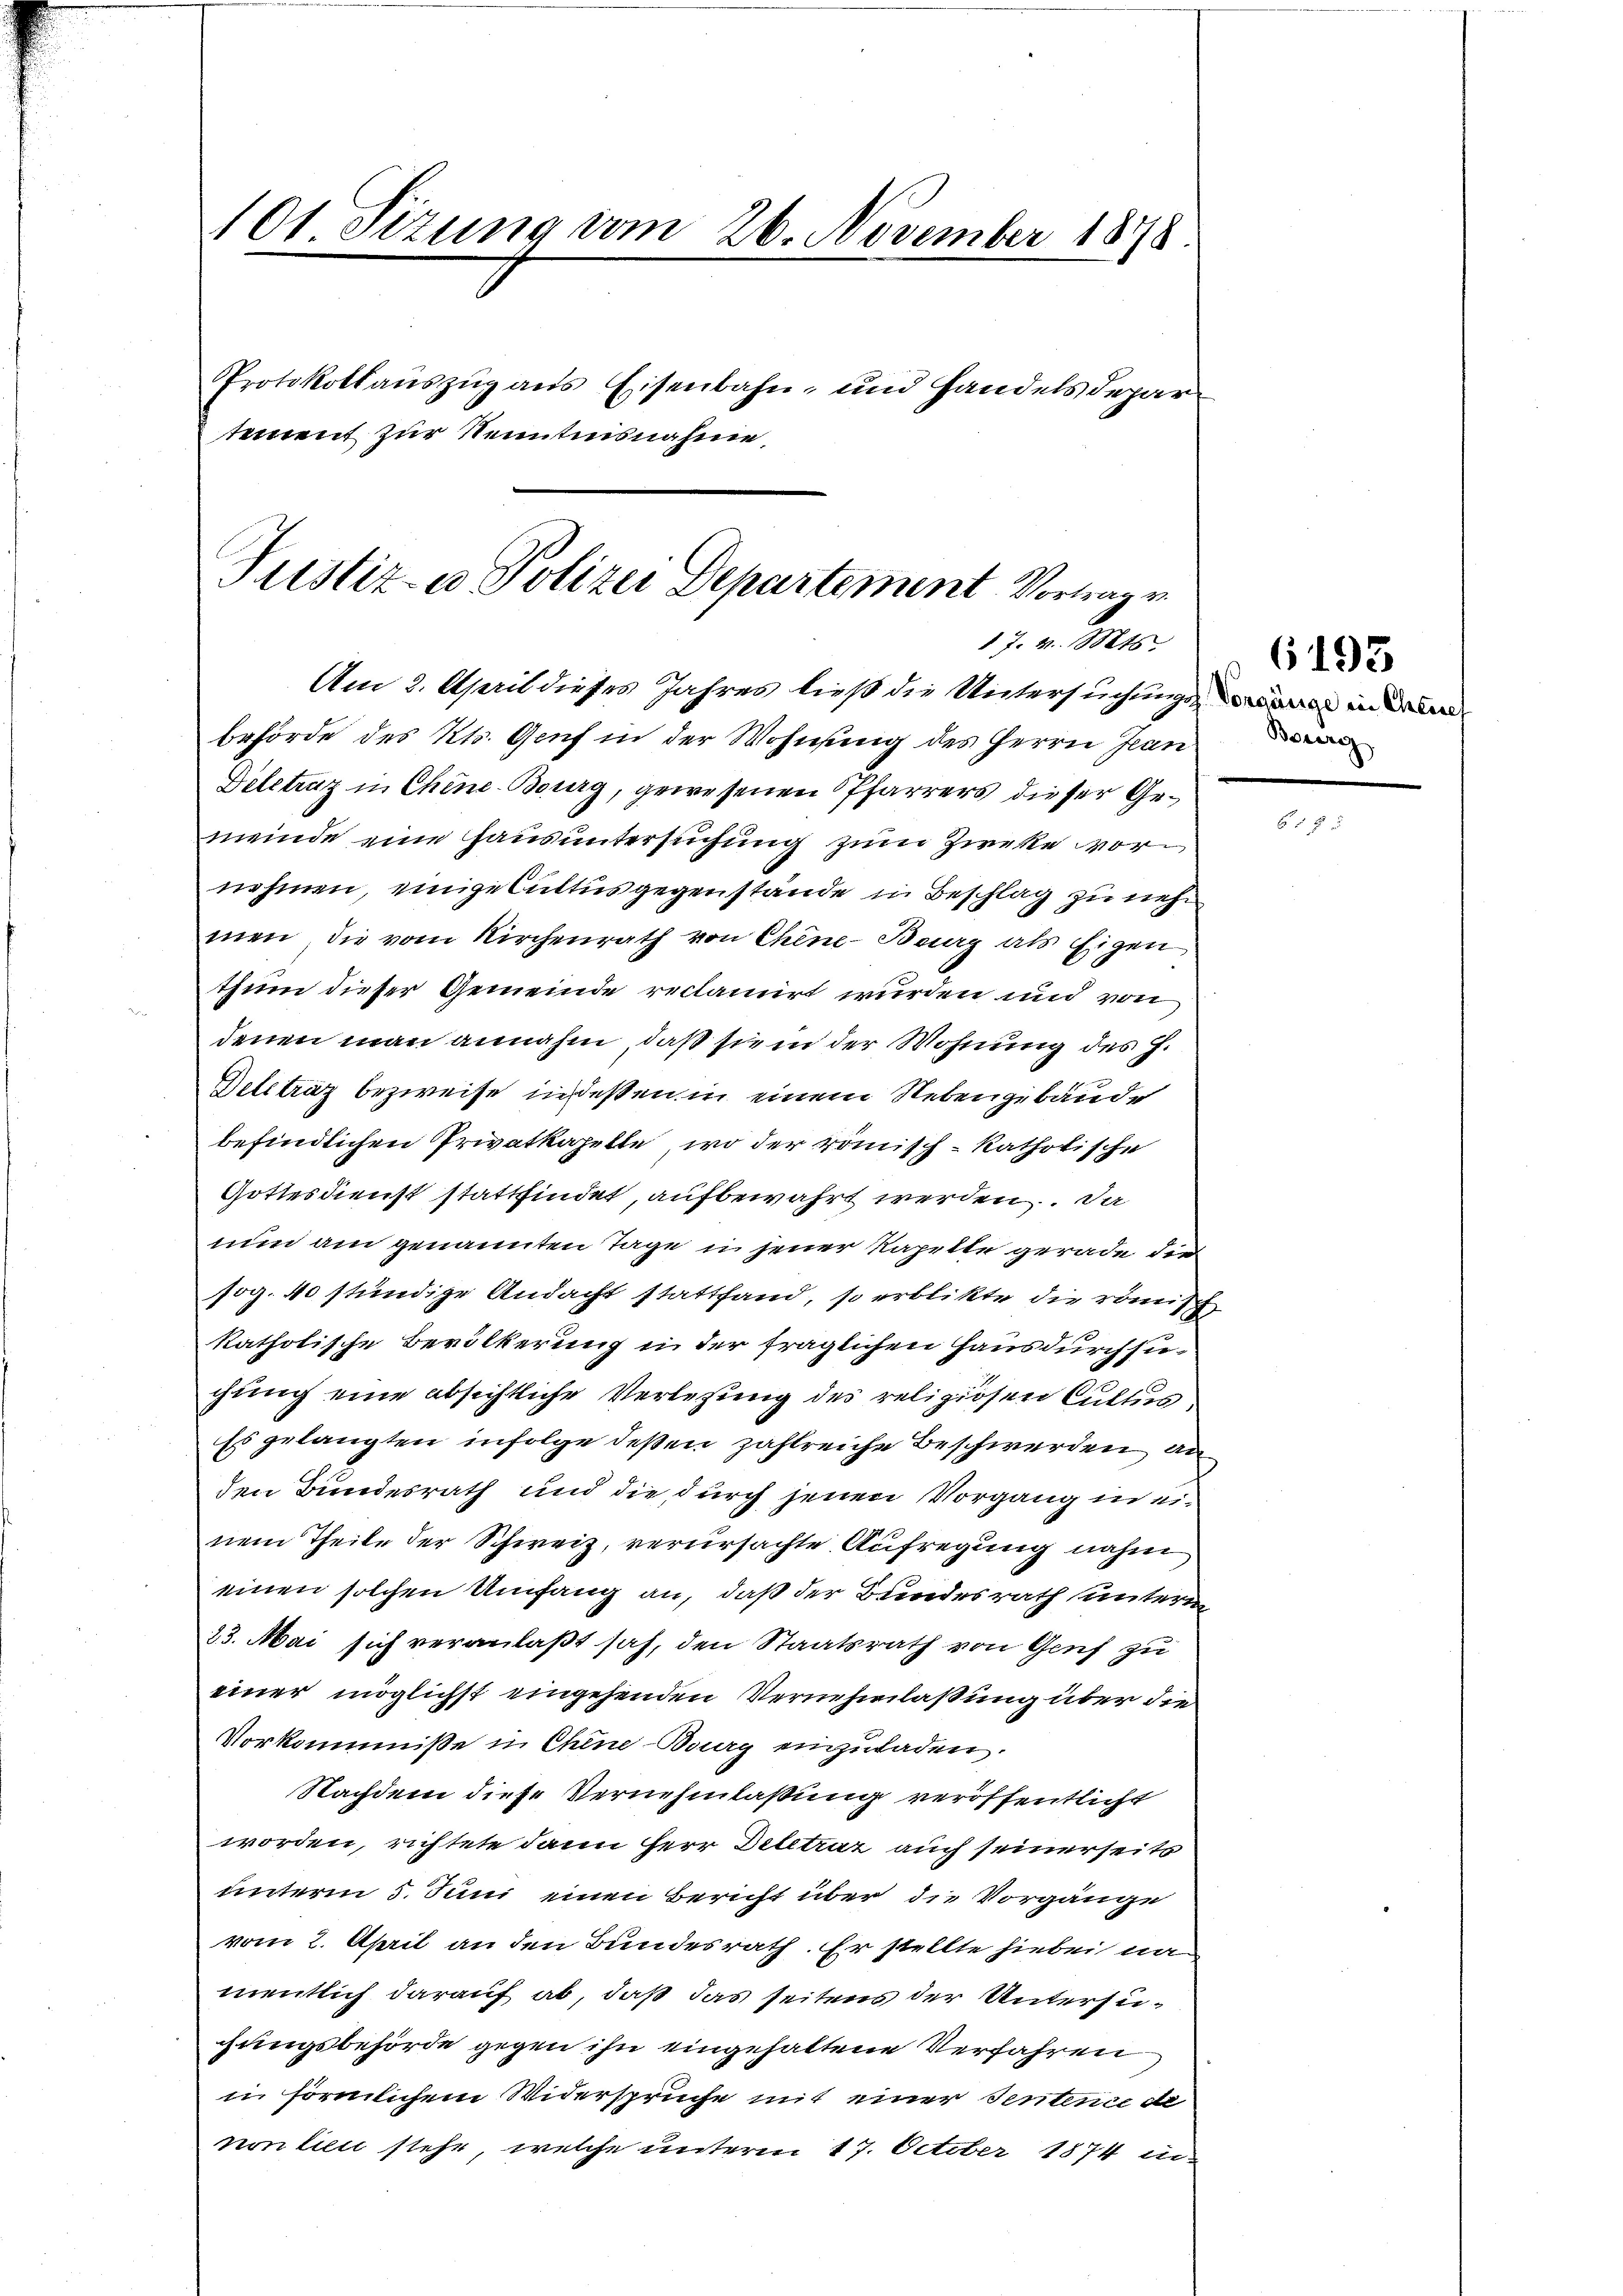
101 Sizung vom 26. November 1878
Protokollauszug aus Eisenbahn- und Handels departement zur Kenntnisnahme,

Justiz- u Polizei Departement Vortragen
17. v. Mts.

Am 2. April dieses Jahres ließ die Untersuchungswaren in der
behörde des Kts. Genf in der Wohnung des Herrn Jean
Deletrag in Chine-Bourg, gewesenen Pfarrers dieser Gemeinde eine Hausuntersuchung zum Zweke vornehmen, einige Cultus gegenstände in Beschlag zu nehmen, die vom Kirchenrath von Chine-Burg als Eigen
thum dieser Gemeinde reclamirt wurden und von
denen man annahm, daß sie in der Wohnung des H.
Delträz bezweife in dessen in einem Nebengebäude
befindlichen Privatkapelle, wo der römisch-katholische
Gottesdienst stattfindet, aufbewahrt werden. Da
nun am genannten Tage in jener Kapelle gerade die
sog. 40 stündige Andacht stattfand, so erblickte die römisch
katholische Bevölkerung in der fraglichen Hausdurchsuchung eine absichtliche Verlegung des religiösen Cultus
Es gelangten infolge deßen zahlreiche Beschwerden, an
den Bundesrath und die durch jenen Vorgang in einem Theile der Schweiz, verursachte Aufregung nahm
einen solchen Umfang an, daß der Bundesrath unterm
23. Mai sich veranlaßt sah, den Staatsrath von Genf zu
einer möglichst eingehenden Vernehmlaßung über die
Vorkommisse in Chine-Burg einzuladen.
Nachdem diese Vernehmlassung veröffentlicht
worden, richtete dann Herr Deletrat auch seinerseits
unterm 5. Juni einen Bericht über die Vorgänge
vom 2. April an den Bundesrath. Er stellte hiebei na
mentlich darauf ab, daß das seitens der Untersugungsbehörde gegen ihn eingehaltene Verfahren
in förmlichem Widersprüche mit einer Sentence de
non lien stehe, welche unterm 17. October 1874 in

Bourg

6193